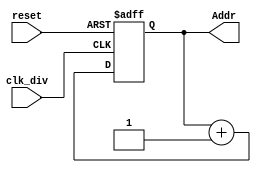
module AGU(clk_div,reset,Addr);
input clk_div,reset;
output [3:0]Addr;
reg [3:0]Addr;
always@(posedge clk_div or posedge reset)
begin
	if(reset) 
	Addr <=4'd0;
	else
	Addr <=Addr+4'd1;		
end
endmodule